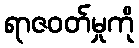
ရာဇဝတ်မှုကို